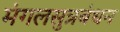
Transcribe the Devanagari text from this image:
मंगलसुत्रबंधन